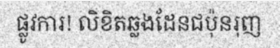
ផ្លូវការ! លិខិតឆ្លងដែនជប៉ុនរុញ